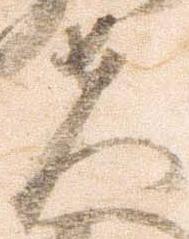
夫